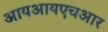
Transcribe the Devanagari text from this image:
आयआयएचआर